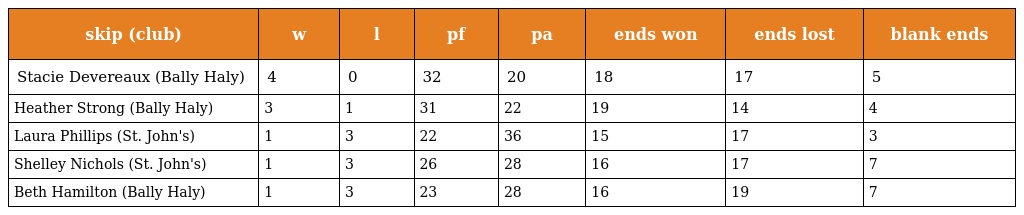
| skip (club) | w | l | pf | pa | ends won | ends lost | blank ends |
 | --- | --- | --- | --- | --- | --- | --- | --- |
 | Stacie Devereaux (Bally Haly) | 4 | 0 | 32 | 20 | 18 | 17 | 5 |
 | Heather Strong (Bally Haly) | 3 | 1 | 31 | 22 | 19 | 14 | 4 |
 | Laura Phillips (St. John's) | 1 | 3 | 22 | 36 | 15 | 17 | 3 |
 | Shelley Nichols (St. John's) | 1 | 3 | 26 | 28 | 16 | 17 | 7 |
 | Beth Hamilton (Bally Haly) | 1 | 3 | 23 | 28 | 16 | 19 | 7 |